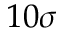
1 0 \sigma